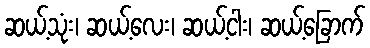
ဆယ့်သုံး၊ ဆယ့်လေး၊ ဆယ့်ငါး၊ ဆယ့်ခြောက်